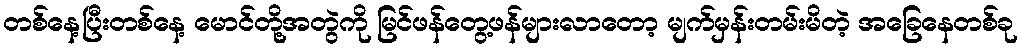
တစ်နေ့ပြီးတစ်နေ့ မောင်တို့အတွဲကို မြင်ဖန်တွေ့ဖန်များလာတော့ မျက်မှန်းတမ်းမိတဲ့ အခြေနေတစ်ခု